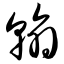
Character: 翰